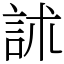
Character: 訹